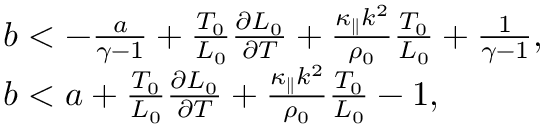
\begin{array} { r l } & { b < - \frac { a } { \gamma - 1 } + \frac { T _ { 0 } } { { \cal L } _ { 0 } } \frac { \partial { { \cal L } _ { 0 } } } { \partial T } + \frac { \kappa _ { \parallel } k ^ { 2 } } { \rho _ { 0 } } \frac { T _ { 0 } } { { \cal L } _ { 0 } } + \frac { 1 } { \gamma - 1 } , } \\ & { b < a + \frac { T _ { 0 } } { { \cal L } _ { 0 } } \frac { \partial { { \cal L } _ { 0 } } } { \partial T } + \frac { \kappa _ { \parallel } k ^ { 2 } } { \rho _ { 0 } } \frac { T _ { 0 } } { { \cal L } _ { 0 } } - 1 , } \end{array}